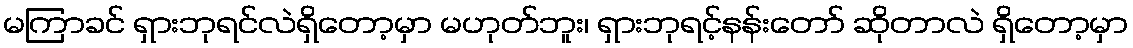
မကြာခင် ရှားဘုရင်လဲရှိတော့မှာ မဟုတ်ဘူး၊ ရှားဘုရင့်နန်းတော် ဆိုတာလဲ ရှိတော့မှာ